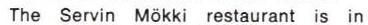
The Servin Mökki restaurant is in